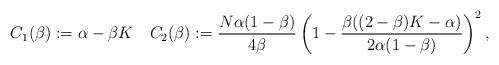
LaTeX: \begin{align*} C_1(\beta):=\alpha - \beta K \quad C_2(\beta):= \frac{N\alpha(1-\beta)}{4\beta}\left(1-\frac{\beta((2-\beta)K-\alpha)}{2\alpha(1-\beta)}\right)^2,\end{align*}